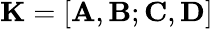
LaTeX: {\mathbf{K}}=\left[{{\mathbf{A}},{\mathbf{B}};{\mathbf{C}},{\mathbf{D}}}\right]